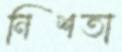
নিশতা